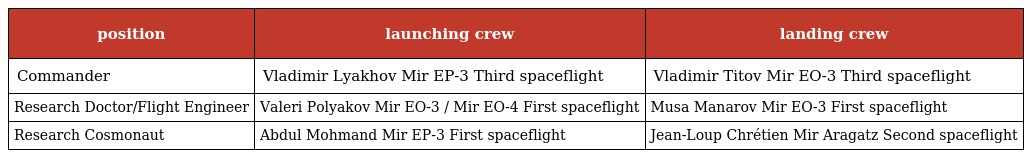
| position | launching crew | landing crew |
 | --- | --- | --- |
 | Commander | Vladimir Lyakhov Mir EP-3 Third spaceflight | Vladimir Titov Mir EO-3 Third spaceflight |
 | Research Doctor/Flight Engineer | Valeri Polyakov Mir EO-3 / Mir EO-4 First spaceflight | Musa Manarov Mir EO-3 First spaceflight |
 | Research Cosmonaut | Abdul Mohmand Mir EP-3 First spaceflight | Jean-Loup Chrétien Mir Aragatz Second spaceflight |